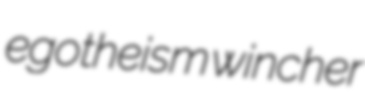
egotheism wincher